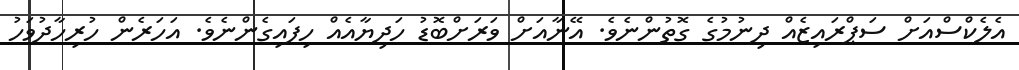
އެލެކްސްއަށް ސަޕްރައިޒެއް ދިނުމުގެ ގޮތުންނެވެ. އޭނާއަށް ވަރަށްބޮޑު ހަދިޔާއެއް ހިފައިގެންނެވެ. އަހަރެން ހުރިހާދުވަހު